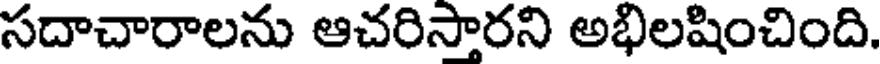
సదాచారాలను ఆచరిసారని అభిలషించింది.